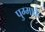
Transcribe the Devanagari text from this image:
पुग्मार्क